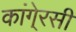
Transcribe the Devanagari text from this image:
कांगे्रसी